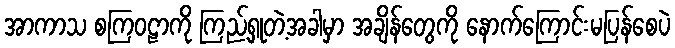
အာကာသ စကြဝဠာကို ကြည့်ရှုတဲ့အခါမှာ အချိန်တွေကို နောက်ကြောင်းမပြန်စေပဲ